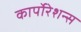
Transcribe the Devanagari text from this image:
कार्पोरेशन्स